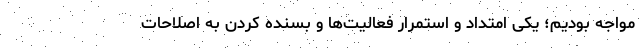
مواجه بودیم؛ یکی امتداد و استمرار فعالیت‌ها و بسنده کردن به اصلاحات